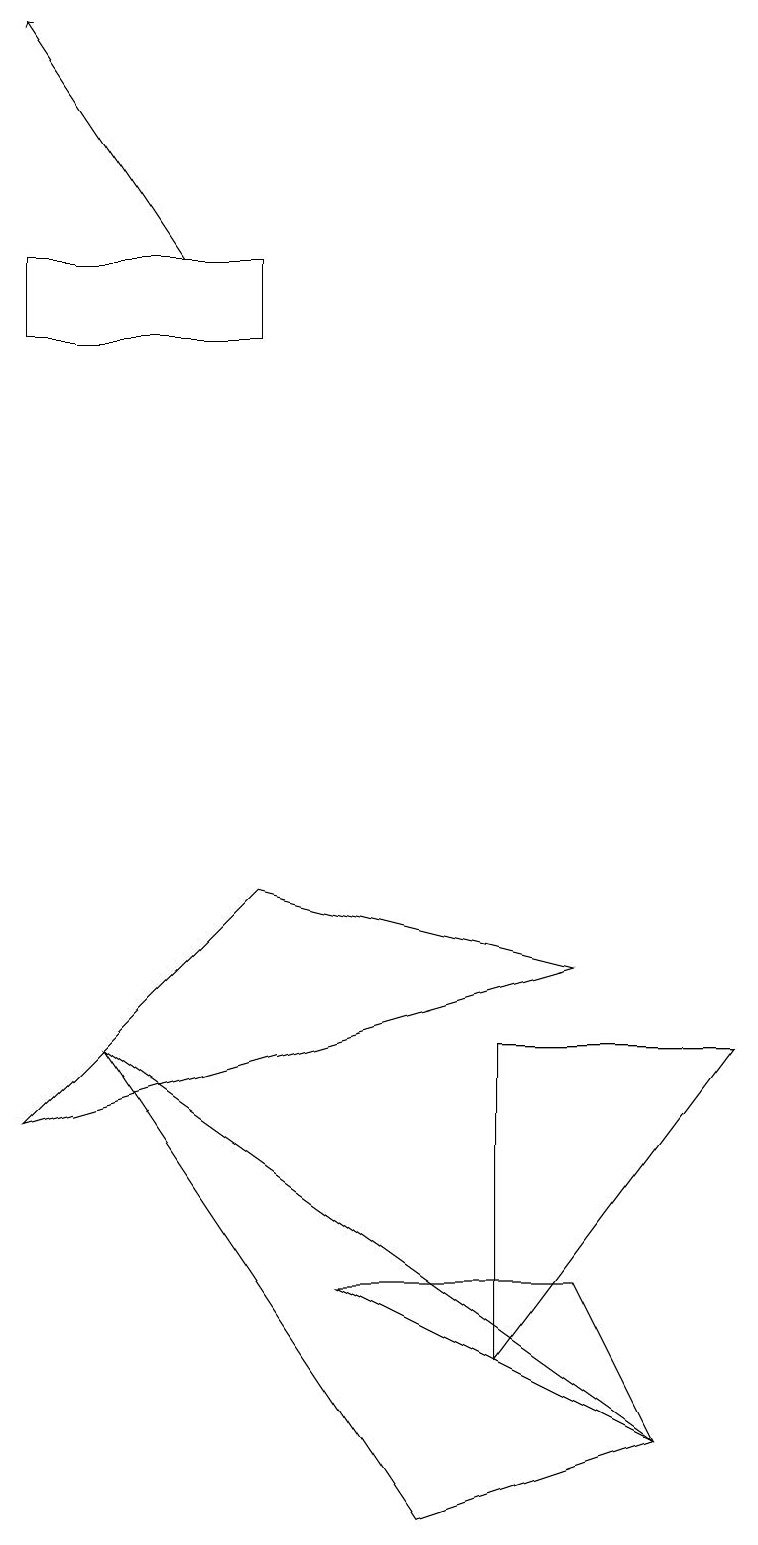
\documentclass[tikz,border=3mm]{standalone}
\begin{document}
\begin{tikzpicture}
\draw (1,6) -- (5,0) -- (8,1) -- cycle;
\draw (6,2) -- (9,6) -- (6,6) -- cycle;
\draw (3,16) rectangle (0,15);
\draw (3,8) -- (0,5) -- (7,7) -- cycle;
\draw (8,1) -- (4,3) -- (7,3) -- cycle;
\draw[->] (2,16) -- (0,19);
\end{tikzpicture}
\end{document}